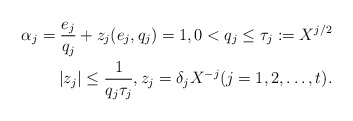
\begin{align*}\alpha_j = \frac{e_j}{q_j} + z_j (e_j, q_j) =1, 0 < q_j \leq \tau_j := X^{j/2} \\|z_j| \leq \frac{1}{q_j \tau_j}, z_j = \delta_j X^{-j} (j=1,2, \dots, t).\end{align*}